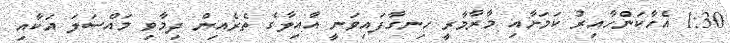
1:30 އެހާކަންހާއިރު ކަމަށާއި މާރާމާރީ ހިނގާފައިވަނީ އާއިލާގެ ތެރެއިން ދިމާވި މައްސަލަ އަކާއި